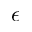
\epsilon